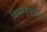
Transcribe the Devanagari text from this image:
विचारसूर्याचा